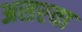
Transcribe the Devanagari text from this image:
असरवा